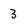
Character: 3